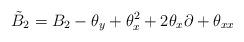
LaTeX: \begin{align*}\tilde B_2= B_2 -{\theta}_y +{\theta}_x^2 +2{\theta}_x \partial+{\theta}_{xx}\end{align*}